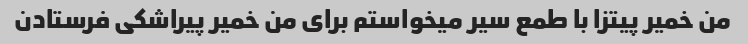
من خمیر پیتزا با طمع سیر میخواستم برای من خمیر پیراشکی فرستادن